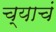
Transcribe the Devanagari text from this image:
च्याचं